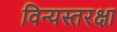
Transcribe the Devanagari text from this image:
विन्यस्तरक्षा